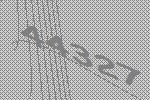
44327